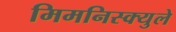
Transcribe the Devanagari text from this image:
मिमनिस्क्युले